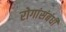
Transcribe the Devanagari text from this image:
रोगांसंबंधी